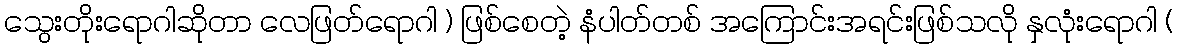
သွေးတိုးရောဂါဆိုတာ လေဖြတ်ရောဂါ ) ဖြစ်စေတဲ့ နံပါတ်တစ် အကြောင်းအရင်းဖြစ်သလို နှလုံးရောဂါ (